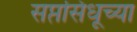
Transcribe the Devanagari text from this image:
सप्तसिंधूच्या